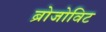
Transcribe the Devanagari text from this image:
ब्रोजोविट